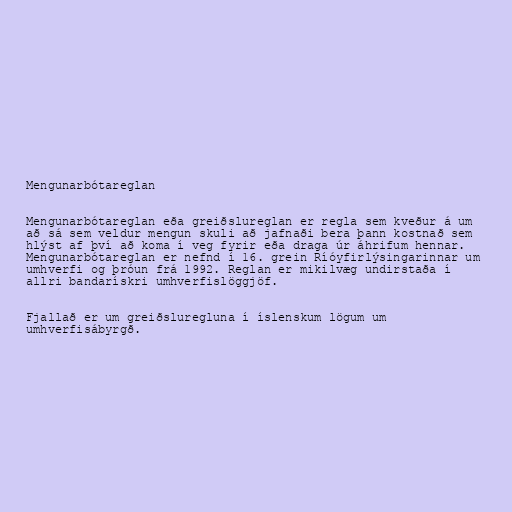
Mengunarbótareglan

Mengunarbótareglan eða greiðslureglan er regla sem kveður á um
að sá sem veldur mengun skuli að jafnaði bera þann kostnað sem
hlýst af því að koma í veg fyrir eða draga úr áhrifum hennar.
Mengunarbótareglan er nefnd í 16. grein Ríóyfirlýsingarinnar um
umhverfi og þróun frá 1992. Reglan er mikilvæg undirstaða í
allri bandarískri umhverfislöggjöf.

Fjallað er um greiðsluregluna í íslenskum lögum um
umhverfisábyrgð.